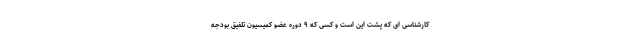
کارشناسی ای که پشت این است و کسی که ۹ دوره عضو کمیسیون تلفیق بودجه